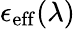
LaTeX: \epsilon_{\mathrm{{eff}}}(\lambda)